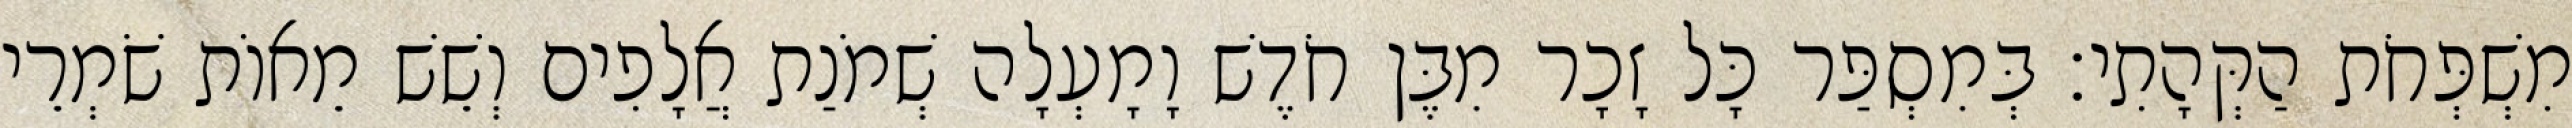
מִשְׁפְּחֹת הַקְּהָתִי׃ בְּמִסְפַּר כָּל זָכָר מִבֶּן חֹדֶשׁ וָמָעְלָה שְׁמֹנַת אֲלָפִים וְשֵׁשׁ מֵאוֹת שֹׁמְרֵי